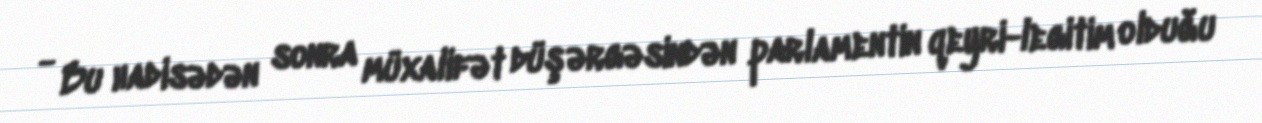
- Bu hadisədən sonra müxalifət düşərgəsindən parlamentin qeyri-legitim olduğu